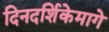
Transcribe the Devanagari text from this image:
दिनदर्शिकेमागे